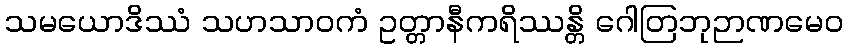
သမယောဒိဿံ သဟသာဝကံ ဥတ္တာနီကရိဿန္တိ ဂေါတြဘုဉာဏမေဝ